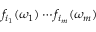
f _ { i _ { 1 } } ( \omega _ { 1 } ) \cdots f _ { i _ { m } } ( \omega _ { m } )